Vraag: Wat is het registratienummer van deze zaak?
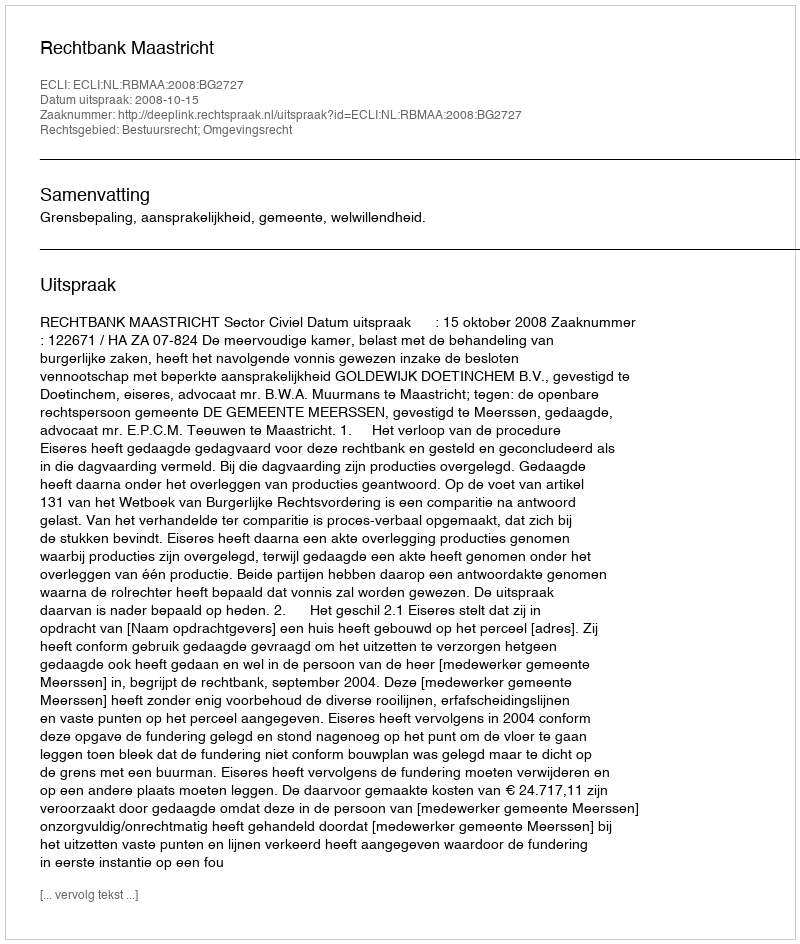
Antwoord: http://deeplink.rechtspraak.nl/uitspraak?id=ECLI:NL:RBMAA:2008:BG2727